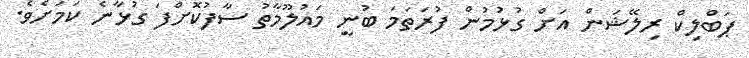
ޕަބްލިކް ރިލޭޝަން އަށް ގުޅުމުން ފުރަތަމަ ބުނީ މައުލޫމާތު ސާފުކޮށްފަ ގުޅާނެ ކަމަށެވެ.